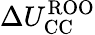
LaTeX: \Delta U_{\mathrm{CC}}^{\mathrm{ROO}}